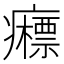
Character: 𰤉